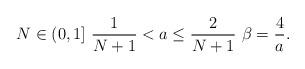
LaTeX: \begin{align*} \, N \in (0,1] \, \,\frac{1}{N+1} < a \leq \frac{2}{N+1} \, \, \beta = \frac{4}{a}.\end{align*}